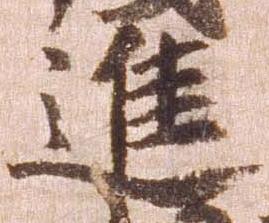
進